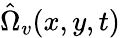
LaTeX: \hat{\Omega}_{v}(x,y,t)